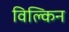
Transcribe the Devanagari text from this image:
विल्किन